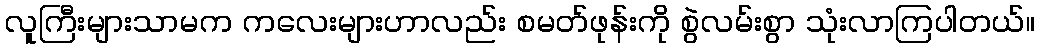
လူကြီးများသာမက ကလေးများဟာလည်း စမတ်ဖုန်းကို စွဲလမ်းစွာ သုံးလာကြပါတယ်။